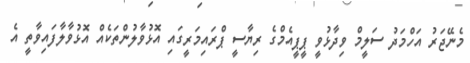
މެނޭޖަރު އަހްމަދު ސަލީމް ވިދާޅުވީ ޕީޕީއެމްގެ ރިޔާސީ ޕްރައިމަރީގައި އޮޅުވާލުންތަކެއް އޮޅުވާލާފައިވާތީ އެ